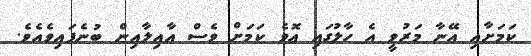
ކަމަށާއި އޭނާ މަރުވީ އެ ހާލުގައި އޮވެ ކަމަށް ވެސް އާއިލާއިން ބުނެފައިވެއެވެ.